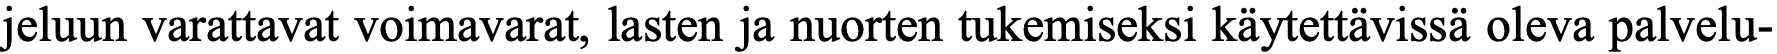
jeluun varattavat voimavarat, lasten ja nuorten tukemiseksi käytettävissä oleva palvelu-